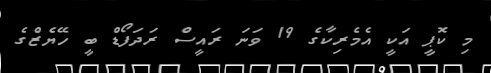
މި ކޮޕީ އަކީ އެމެރިކާގެ 19 ވަނަ ރައީސް ރަދަފޯޑް ބީ ހޭޔެޒްގެ